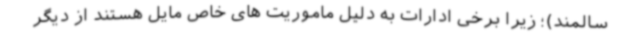
سالمند)؛ زیرا برخی ادارات به دلیل ماموریت های خاص مایل هستند از دیگر